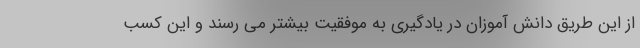
از این طریق دانش آموزان در یادگیری به موفقیت بیشتر می رسند و این کسب